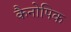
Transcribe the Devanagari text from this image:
कैनोपिक